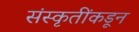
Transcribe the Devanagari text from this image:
संस्कृतींकडून